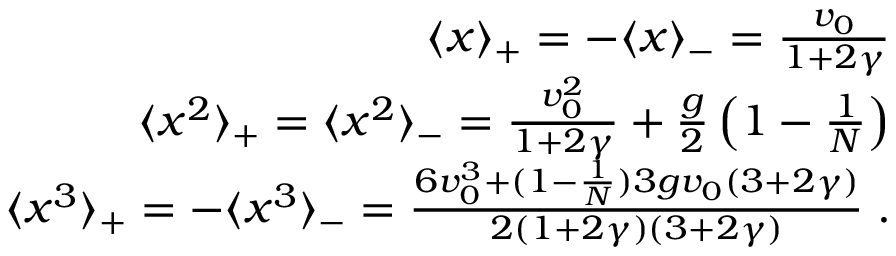
\begin{array} { r l r } & { } & { \langle x \rangle _ { + } = - \langle x \rangle _ { - } = \frac { v _ { 0 } } { 1 + 2 \gamma } } \\ & { } & { \langle x ^ { 2 } \rangle _ { + } = \langle x ^ { 2 } \rangle _ { - } = \frac { v _ { 0 } ^ { 2 } } { 1 + 2 \gamma } + \frac { g } { 2 } \left( 1 - \frac { 1 } { N } \right) } \\ & { } & { \langle x ^ { 3 } \rangle _ { + } = - \langle x ^ { 3 } \rangle _ { - } = \frac { 6 v _ { 0 } ^ { 3 } + ( 1 - \frac { 1 } { N } ) 3 g v _ { 0 } ( 3 + 2 \gamma ) } { 2 ( 1 + 2 \gamma ) ( 3 + 2 \gamma ) } \; . } \end{array}